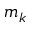
m _ { k }